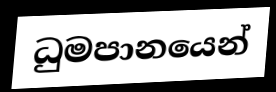
ධුමපානයෙන්